Report of the Indian Hemp Drugs Commission, 1894-1895 - Volume V
Year: 1894
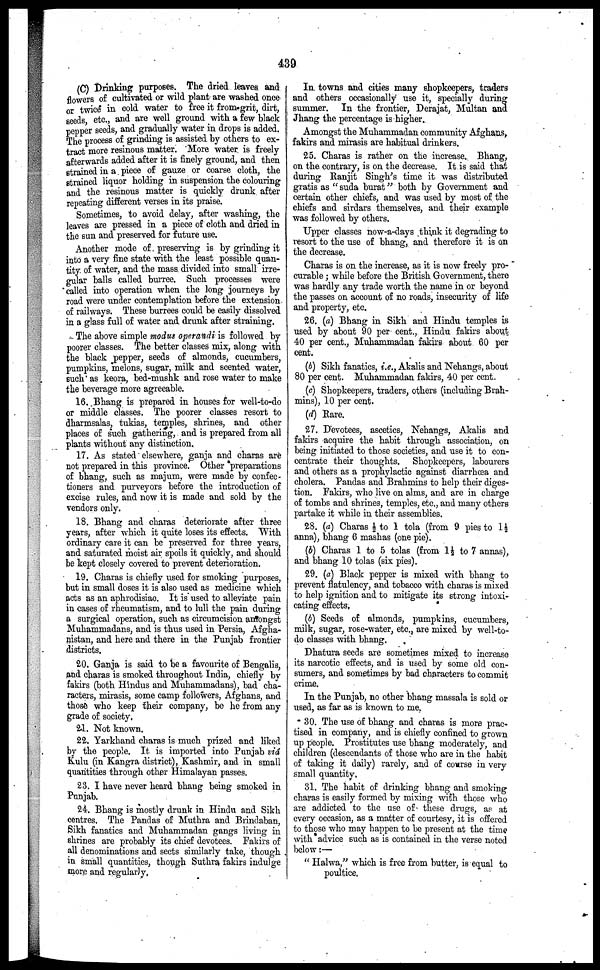
439
(C) Drinking purposes. The dried leaves and
flowers of cultivated or wild plant are washed once
or twice in cold water to free it from grit, dirt,
seeds etc., and are well ground with a few black
pepper seeds, and gradually water in drops is added.
The process of grinding is assisted by others to ex-
tract more resinous matter. More water is freely
afterwards added after it is finely ground, and then
strained in a piece of gauze or coarse cloth, the
strained liquor holding in suspension the colouring
and the resinous matter is quickly drunk after
repeating different verses in its praise.
Sometimes, to avoid delay, after washing, the
leaves are pressed in a piece of cloth and dried in
the sun and preserved for future Use.
Another mode of preserving is by grinding it
into a very fine state with the least possible quan-
tity of water, and the mass divided into small irre-
gular balls called burree. Such processes were
called into operation when the long journeys by
road were under contemplation before the extension
of railways. These burrees could be easily dissolved
in a glass full of water and drunk after straining.
The above simple modus operandi is followed by
poorer classes. The better classes mix, along with
the black pepper, seeds of almonds, cucumbers,
pumpkins, melons, sugar, milk and scented water,
such as keora, bed-mushk and rose water to make
the beverage more agreeable.
16. Bhang is prepared in houses for well-to-do
or middle classes. The poorer classes resort to
dharmsalas, tukias, temples, shrines, and other
places of such gathering, and is prepared from all
plants without any distinction.
17. As stated elsewhere, ganja and charas are
not prepared in this province. Other preparations
of bhang, such as majum, were made by confec-
tioners and purveyors before the introduction of
excise rules, and now it is made and sold by the
vendors only.
18. Bhang and charas deteriorate after three
years, after which it quite loses its effects. With
ordinary care it can be preserved for three years,
and saturated moist air spoils it quickly, and should
be kept closely covered to prevent deterioration.
19. Charas is chiefly used for smoking purposes,
but in small doses it is also used as medicine which
acts as an aphrodisiac. It is used to alienate pain
in cases of rheumatism, and to lull the pain during
a surgical operation, such as circumcision amongst
Muhammadans, and is thus used in Persia, Afgha-
nistan, and here and there in the Punjab frontier
districts.
20. Ganja is said to be a favourite of Bengalis,
and charas is smoked throughout India, chiefly by
fakirs (both Hindus and Muhammadans), bad cha-
racters, mirasis, some camp followers, Afghans, and
those who keep their company, be he from any
grade of society.
21. Not known.
22. Yarkhand charas is much prized and liked
by the people. It is imported into Punjab via
Kulu (in Kangra district), Kashmir, and in small
quantities through other Himalayan passes.
23. I have never heard bhang being smoked in
Punjab.
24. Bhang is mostly drunk in Hindu and Sikh
centres. The Pandas of Muthra and Brindaban,
Sikh fanatics and Muhammadan gangs living in
shrines are probably its chief devotees. Fakirs of
all denominations and sects similarly take, though
in small quantities, though Suthra fakirs indulge
more and regularly.
In towns and cities many shopkeepers, traders
and others occasionally use it, specially during
summer. In the frontier, Derajat, Multan and
Jhang the percentage is higher.
Amongst the Muhammadan community Afghans,
fakirs and mirasis are habitual drinkers.
25. Charas is rather on the increase. Bhang,
on the contrary, is on the decrease. It is said that
during Ranjit Singh's time it was distributed
gratis as "suda burat" both by Government and
certain other chiefs, and was used by most of the
chiefs and sirdars themselves, and their example
was followed by others.
Upper classes now-a-days think it degrading to
resort to the use of bhang, and therefore it is on
the decrease.
Charas is on the increase, as it is now freely pro-
curable ; while before the British Government, there
was hardly any trade worth the name in or beyond
the passes on account of no roads, insecurity of life
and property, etc.
26. (a) Bhang in Sikh and Hindu temples is
used by about 90 per cent., Hindu fakirs about
40 per cent., Muhammadan fakirs about 60 per
cent.
(b) Sikh fanatics, i.e., Akalis and Nehangs, about
80 per cent. Muhammadan fakirs, 40 per cent.
(c) Shopkeepers, traders, others (including Brah-
mins), 10 per cent.
(d) Rare.
27. Devotees, ascetics, Nehangs, Akalis and
fakirs acquire the habit through association, on
being initiated to those societies, and use it to con-
centrate their thoughts. Shopkeepers, labourers
and others as a prophylactic against diarrhoea and
cholera. Pandas and Brahmins to help their diges-
tion. Fakirs, who live on alms, and are in charge
of tombs and shrines, temples, etc., and many others
partake it while in their assemblies.
28. (a) Charas ½ to 1 tola (from 9 pies to 1½
anna), bhang 6 mashas (one pie).
(b) Charas 1 to 5 tolas (from 1½ to 7 annas),
and bhang 10 tolas (six pies).
29. (a) Black pepper is mixed with bhang to
prevent flatulency, and tobacco with charas is mixed
to help ignition and to mitigate its strong intoxi-
cating effects,
(b) Seeds of almonds, pumpkins, cucumbers,
milk, sugar, rose-water, etc., are mixed by well-to-
do classes with bhang.
Dhatura seeds are sometimes mixed to increase
its narcotic effects, and is used by some old con-
sumers, and sometimes by bad characters to commit
crime.
In the Punjab, no other bhang massala is sold or
used, as far as is known to me.
30. The use of bhang and charas is more prac-
tised in company, and is chiefly confined to grown
up people. Prostitutes use bhang moderately, and
children (descendants of those who are in the habit
of taking it daily) rarely, and of course in very
small quantity.
31. The habit of drinking bhang and smoking
charas is easily formed by mixing with those who
are addicted to the use of these drugs, as at
every occasion, as a matter of courtesy, it is offered
to those who may happen to be present at the time
with advice such as is contained in the verse noted
below:—
" Halwa," which is free from butter, is equal to
poultice.